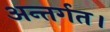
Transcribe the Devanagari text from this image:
अन्तर्गत।